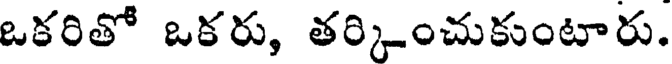
ఒకరితో ఒకరు, తర్కించుకుంటారు.